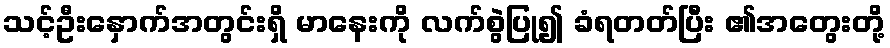
သင့်ဦးနှောက်အတွင်းရှိ မာနေးကို လက်စွဲပြု၍ ခံရတတ်ပြီး ၏အတွေးတို့